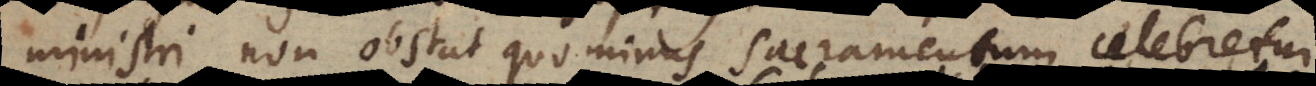
ministri non obstat quominus sacramentum celebretur